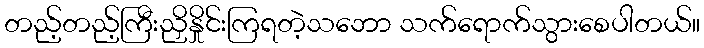
တည့်တည့်ကြီးညှိနှိုင်းကြရတဲ့သဘော သက်ရောက်သွားစေပါတယ်။